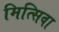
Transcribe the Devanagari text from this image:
मित्सिवा